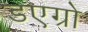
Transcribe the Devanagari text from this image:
डएग्रो